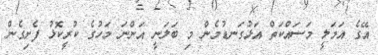
އޭގެ އަމަލީ މަސައްކަތް އަޅުގަނޑުމެން މި ބަލަނީ އަންނަ މަހުގެ ކުރީކޮޅު ފެށިގެން